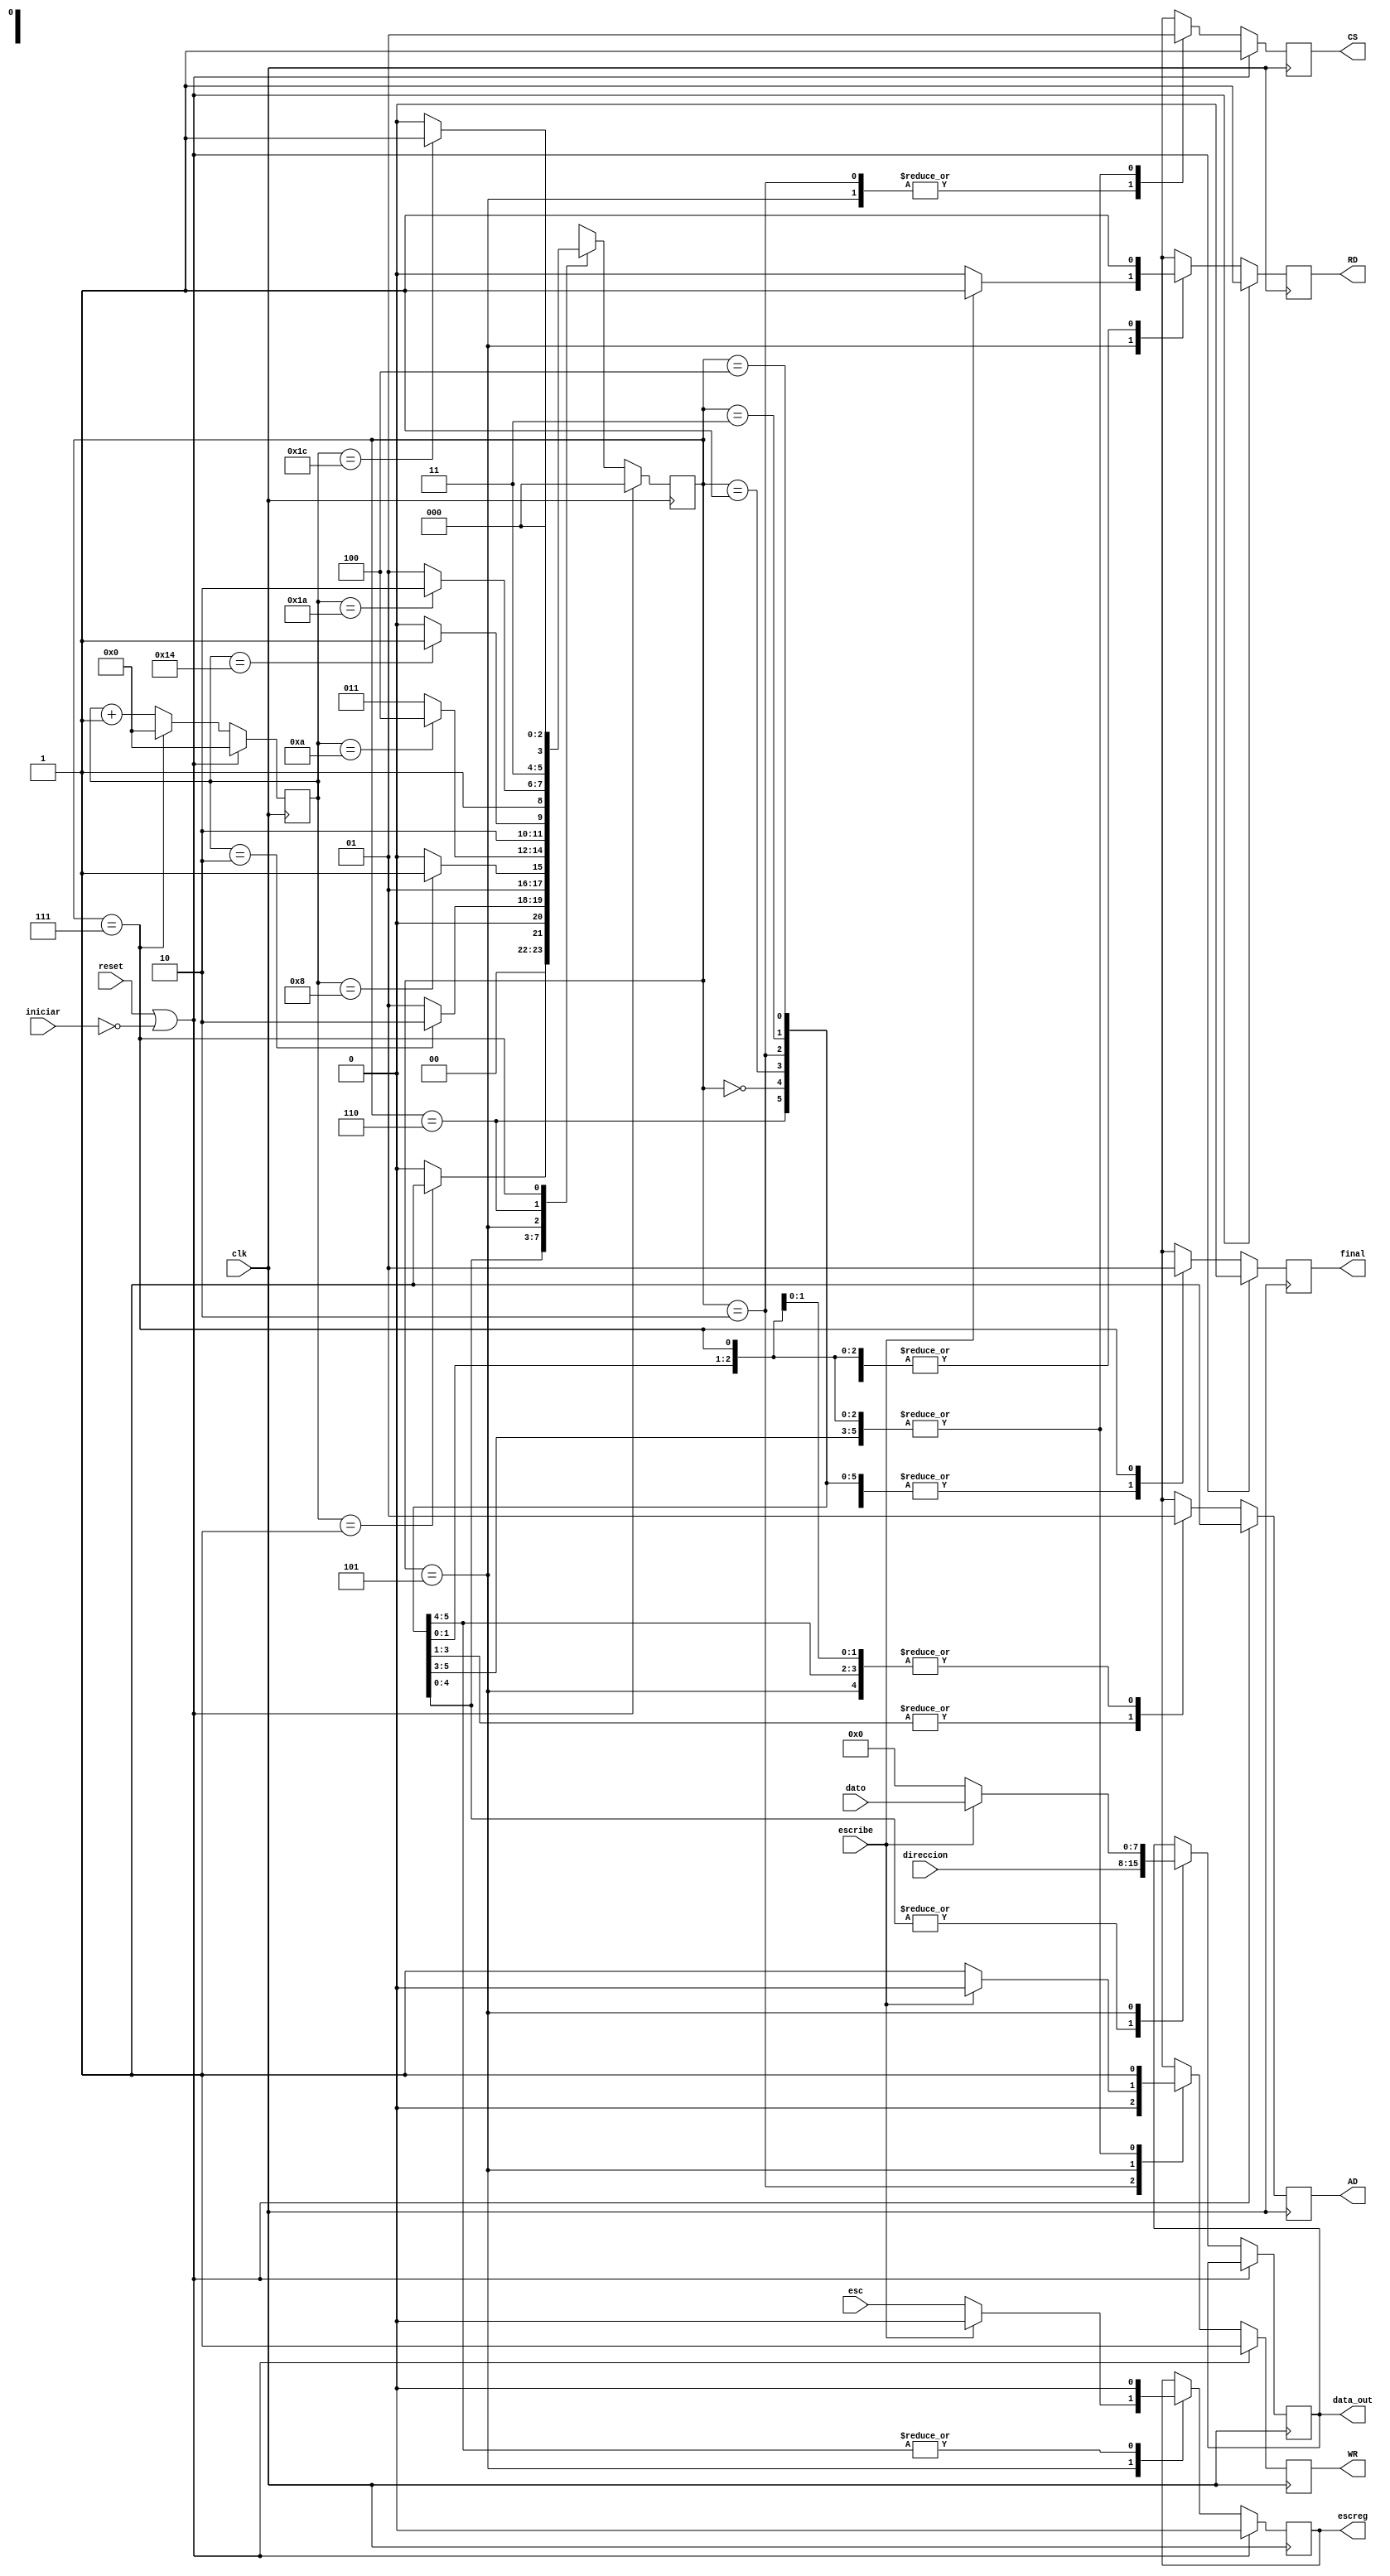
module control_salida(reset,direccion,dato,clk,iniciar,escribe,data_out,CS,AD,RD,WR,final,esc,escreg);
input esc;
input reset;
input iniciar;
input clk;
input escribe;
input [7:0] direccion;
input [7:0] dato;
output CS;
output escreg;
output [7:0] data_out;
output AD;
output RD;
output WR;
output final;
//fin input output
reg escreg;
reg CS;
reg [7:0] data_out;
reg AD;
reg RD;
reg WR;
reg final;

//inicio variables y parametros internos

reg [4:0] contador;
reg [2:0] state;
reg [2:0] nextstate;

//parametros
parameter inicio=3'b0;
parameter ADdown=3'b001;
parameter CSdown=3'b010;
parameter CSup=3'b011;
parameter ADup=3'b100;
parameter esclec=3'b101;
parameter finalesc=3'b110;
parameter finalizacion=3'b111;

always@*
begin
nextstate=0;
case(state)
inicio: 
	if(contador == 5'b00001) nextstate=ADdown;
	else nextstate=inicio;
ADdown: 
	if(contador == 5'b00010) nextstate=CSdown;
	else nextstate=ADdown;
CSdown: 
	if(contador == 5'b01000) nextstate=CSup;
	else nextstate=CSdown;
CSup: 
	if(contador == 5'b01010) nextstate=ADup;
	else nextstate=CSup;
ADup: 
	if(contador == 5'b10100) nextstate=esclec;
	else nextstate=ADup;
esclec: 
	if(contador == 5'b11010) nextstate=finalesc;
	else nextstate=esclec;
finalesc: 
	if(contador == 5'b11100) nextstate=finalizacion;
	else nextstate=finalesc;
finalizacion:
	nextstate=inicio;
default:
	nextstate=inicio;
endcase
end


always @(posedge clk)
begin
 if (reset || ~iniciar)
 begin
  CS <= 1'b1;
  AD <= 1'b1;
  RD <= 1'b1;
  WR <= 1'b1;
  final <= 1'b0;
  contador <=0;
  escreg<=0;
  state<=inicio;
 end
 else
  begin
   contador <= contador + 5'd1;
	state<=nextstate;
	case(state)
	inicio:begin
	          CS <= 1'b1;
			    AD <= 1'b1;
			    RD <= 1'b1;
			    WR <= 1'b1;
			    final <= 1'b0;
				 escreg<=0;
				 data_out<= direccion;
	  end
	 ADdown:begin
	          CS <= 1'b1;
			    AD <= 1'b0;
			    RD <= 1'b1;
			    WR <= 1'b1;
			    final <= 1'b0;
				 data_out<= direccion;
	  end
	 CSdown:begin
	          CS <= 1'b0;
			    AD <= 1'b0;
			    RD <= 1'b1;
			    WR <= 1'b0;
			    final <= 1'b0;
				 data_out<= direccion;
	  end
	 CSup:begin
	          CS <= 1'b1;
			    AD <= 1'b0;
			    RD <= 1'b1;
			    WR <= 1'b1;
			    final <= 1'b0;
				 data_out<= direccion;
	  end
	 ADup:begin
	          CS <= 1'b1;
			    AD <= 1'b1;
			    RD <= 1'b1;
			    WR <= 1'b1;
			    final <= 1'b0;
				 data_out<= direccion;
	  end
	 esclec:begin
	          if (escribe)
				 begin
	           CS <= 1'b0;
			     AD <= 1'b1;
			     RD <= 1'b1;
			     WR <= 1'b0;
			     final <= 1'b0;
				  escreg<=0;
				  data_out <= dato;
				 end
				 else
				 begin
				  CS <= 1'b0;
			     AD <= 1'b1;
			     RD <= 1'b0;
			     WR <= 1'b1;
			     final <= 1'b0;
				  escreg<=esc;
				  data_out <= 8'b0;
				 end
	  end
	 finalesc:begin
				 escreg<=0;	
	          CS <= 1'b1;
			    AD <= 1'b1;
			    RD <= 1'b1;
			    WR <= 1'b1;
		       final <= 1'b0;
	  end
	 finalizacion:begin
	          CS <= 1'b1;
			    AD <= 1'b1;
			    RD <= 1'b1;
			    WR <= 1'b1;
		       final <= 1'b1;
				 contador <= 0;
	  end
	 default:state<=inicio;
	endcase
	end
end

endmodule